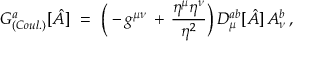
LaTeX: G _ { ( C o u l . ) } ^ { a } [ \hat { A } ] \ = \ \Big ( - g ^ { \mu \nu } \, + \, \frac { \eta ^ { \mu } \eta ^ { \nu } } { \eta ^ { 2 } } \Big ) \, D _ { \mu } ^ { a b } [ \hat { A } ] \, A _ { \nu } ^ { b } \, ,